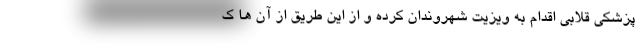
پزشکی قلابی اقدام به ویزیت شهروندان کرده و از این طریق از آن ها ک